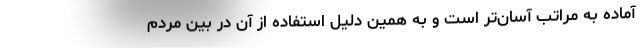
آماده به مراتب آسان‌تر است و به همین دلیل استفاده از آن در بین مردم